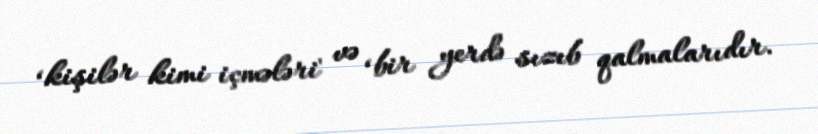
‘kişilər kimi içmələri' və ‘bir yerdə sızıb qalmalarıdır.